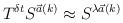
LaTeX: \begin{align*}T^{\delta t} S^{{\vec a}(k)} \approx S^{\lambda {\vec a}(k)}\end{align*}